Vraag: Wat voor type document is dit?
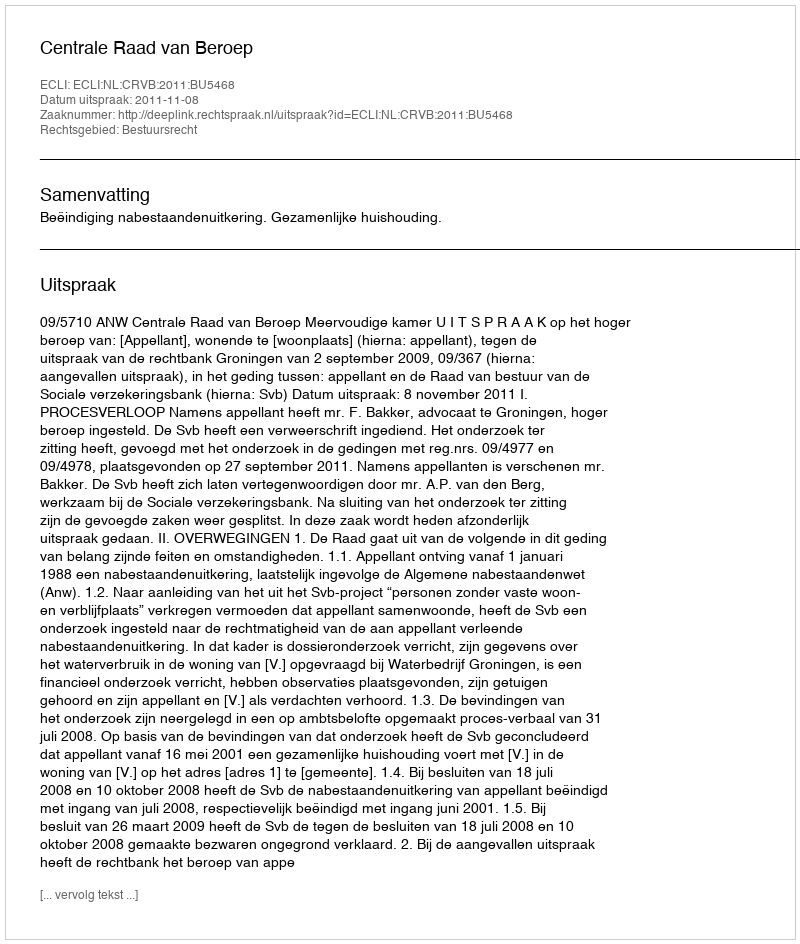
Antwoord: Uitspraak